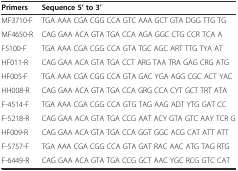
<table><thead><tr><td><b>Primers</b></td><td><b>Sequence 5’ to 3’</b></td></tr></thead><tbody><tr><td>MF3710-F</td><td>TGA AAA CGA CGG CCA GTC AAA GCT GTA DGG TTG TG</td></tr><tr><td>MF4650-R</td><td>CAG GAA ACA GTA TGA CCA AGA GGC CTG CCR TCA A</td></tr><tr><td>F5100-F</td><td>TGA AAA CGA CGG CCA GTA TGC AGC ART TTG TYA AT</td></tr><tr><td>HF011-R</td><td>CAG GAA ACA GTA TGA CCT ARG TAA TRA GAG CRG ATG</td></tr><tr><td>HF005-F</td><td>TGA AAA CGA CGG CCA GTA GAC YGA AGG CGC ACT YAC</td></tr><tr><td>HH008-R</td><td>CAG GAA ACA GTA TGA CCA GRG CCA CYT GCT TRT ATA</td></tr><tr><td>F-4514-F</td><td>TGA AAA CGA CGG CCA GTG TAG AAG ADT YTG GAT CC</td></tr><tr><td>F-5218-R</td><td>CAG GAA ACA GTA TGA CCG AAT ACY GTA GTC AAY TCR G</td></tr><tr><td>HF009-R</td><td>CAG GAA ACA GTA TGA CCA GGT GGC ACG CAT ATT ATT</td></tr><tr><td>F-5757-F</td><td>TGA AAA CGA CGG CCA GTA GAT RAC AAC ATG TAG RTG</td></tr><tr><td>F-6449-R</td><td>CAG GAA ACA GTA TGA CCG GCT AAC YGC RCG GTC CAT</td></tr></tbody></table>